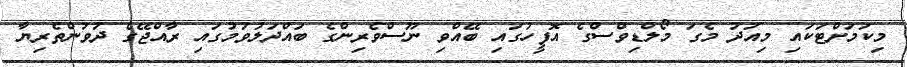
މިކަމަށްޓަކައި މިއަދު މެގަ މޯލްޑިވްސްގެ އޮފީހުގައި ބޭއްވި ނޫސްވެރިންގެ ބައްދަލުވުމުގައި ރާއްޖޭގެ ދުވުންތެރިޔާ